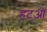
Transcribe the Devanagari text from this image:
हटओ